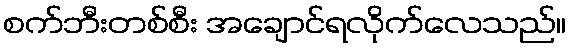
စက်ဘီးတစ်စီး အချောင်ရလိုက်လေသည်။